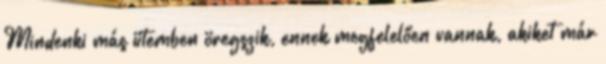
Mindenki más ütemben öregszik, ennek megfelelően vannak, akiket már